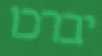
יברכו